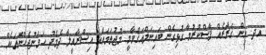
އދ. އިން ޤަރާރެއް ފާސްކުރުމާ ގުޅިގެން ބައިނަލްއަޤްވާމީ މުޖުތަމަޢާއި އިސްރާއީލާ ދެމެދު ހަމަނުޖެހުންތަކެއް